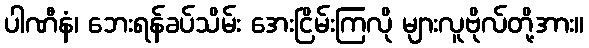
ပါဏီနံ၊ ဘေးရန်ခပ်သိမ်း အေးငြိမ်းကြလို များလူဗိုလ်တို့အား။